65_HS1-834228961_62-HQ-83894_Section_8
Agency: FBI
Page 84
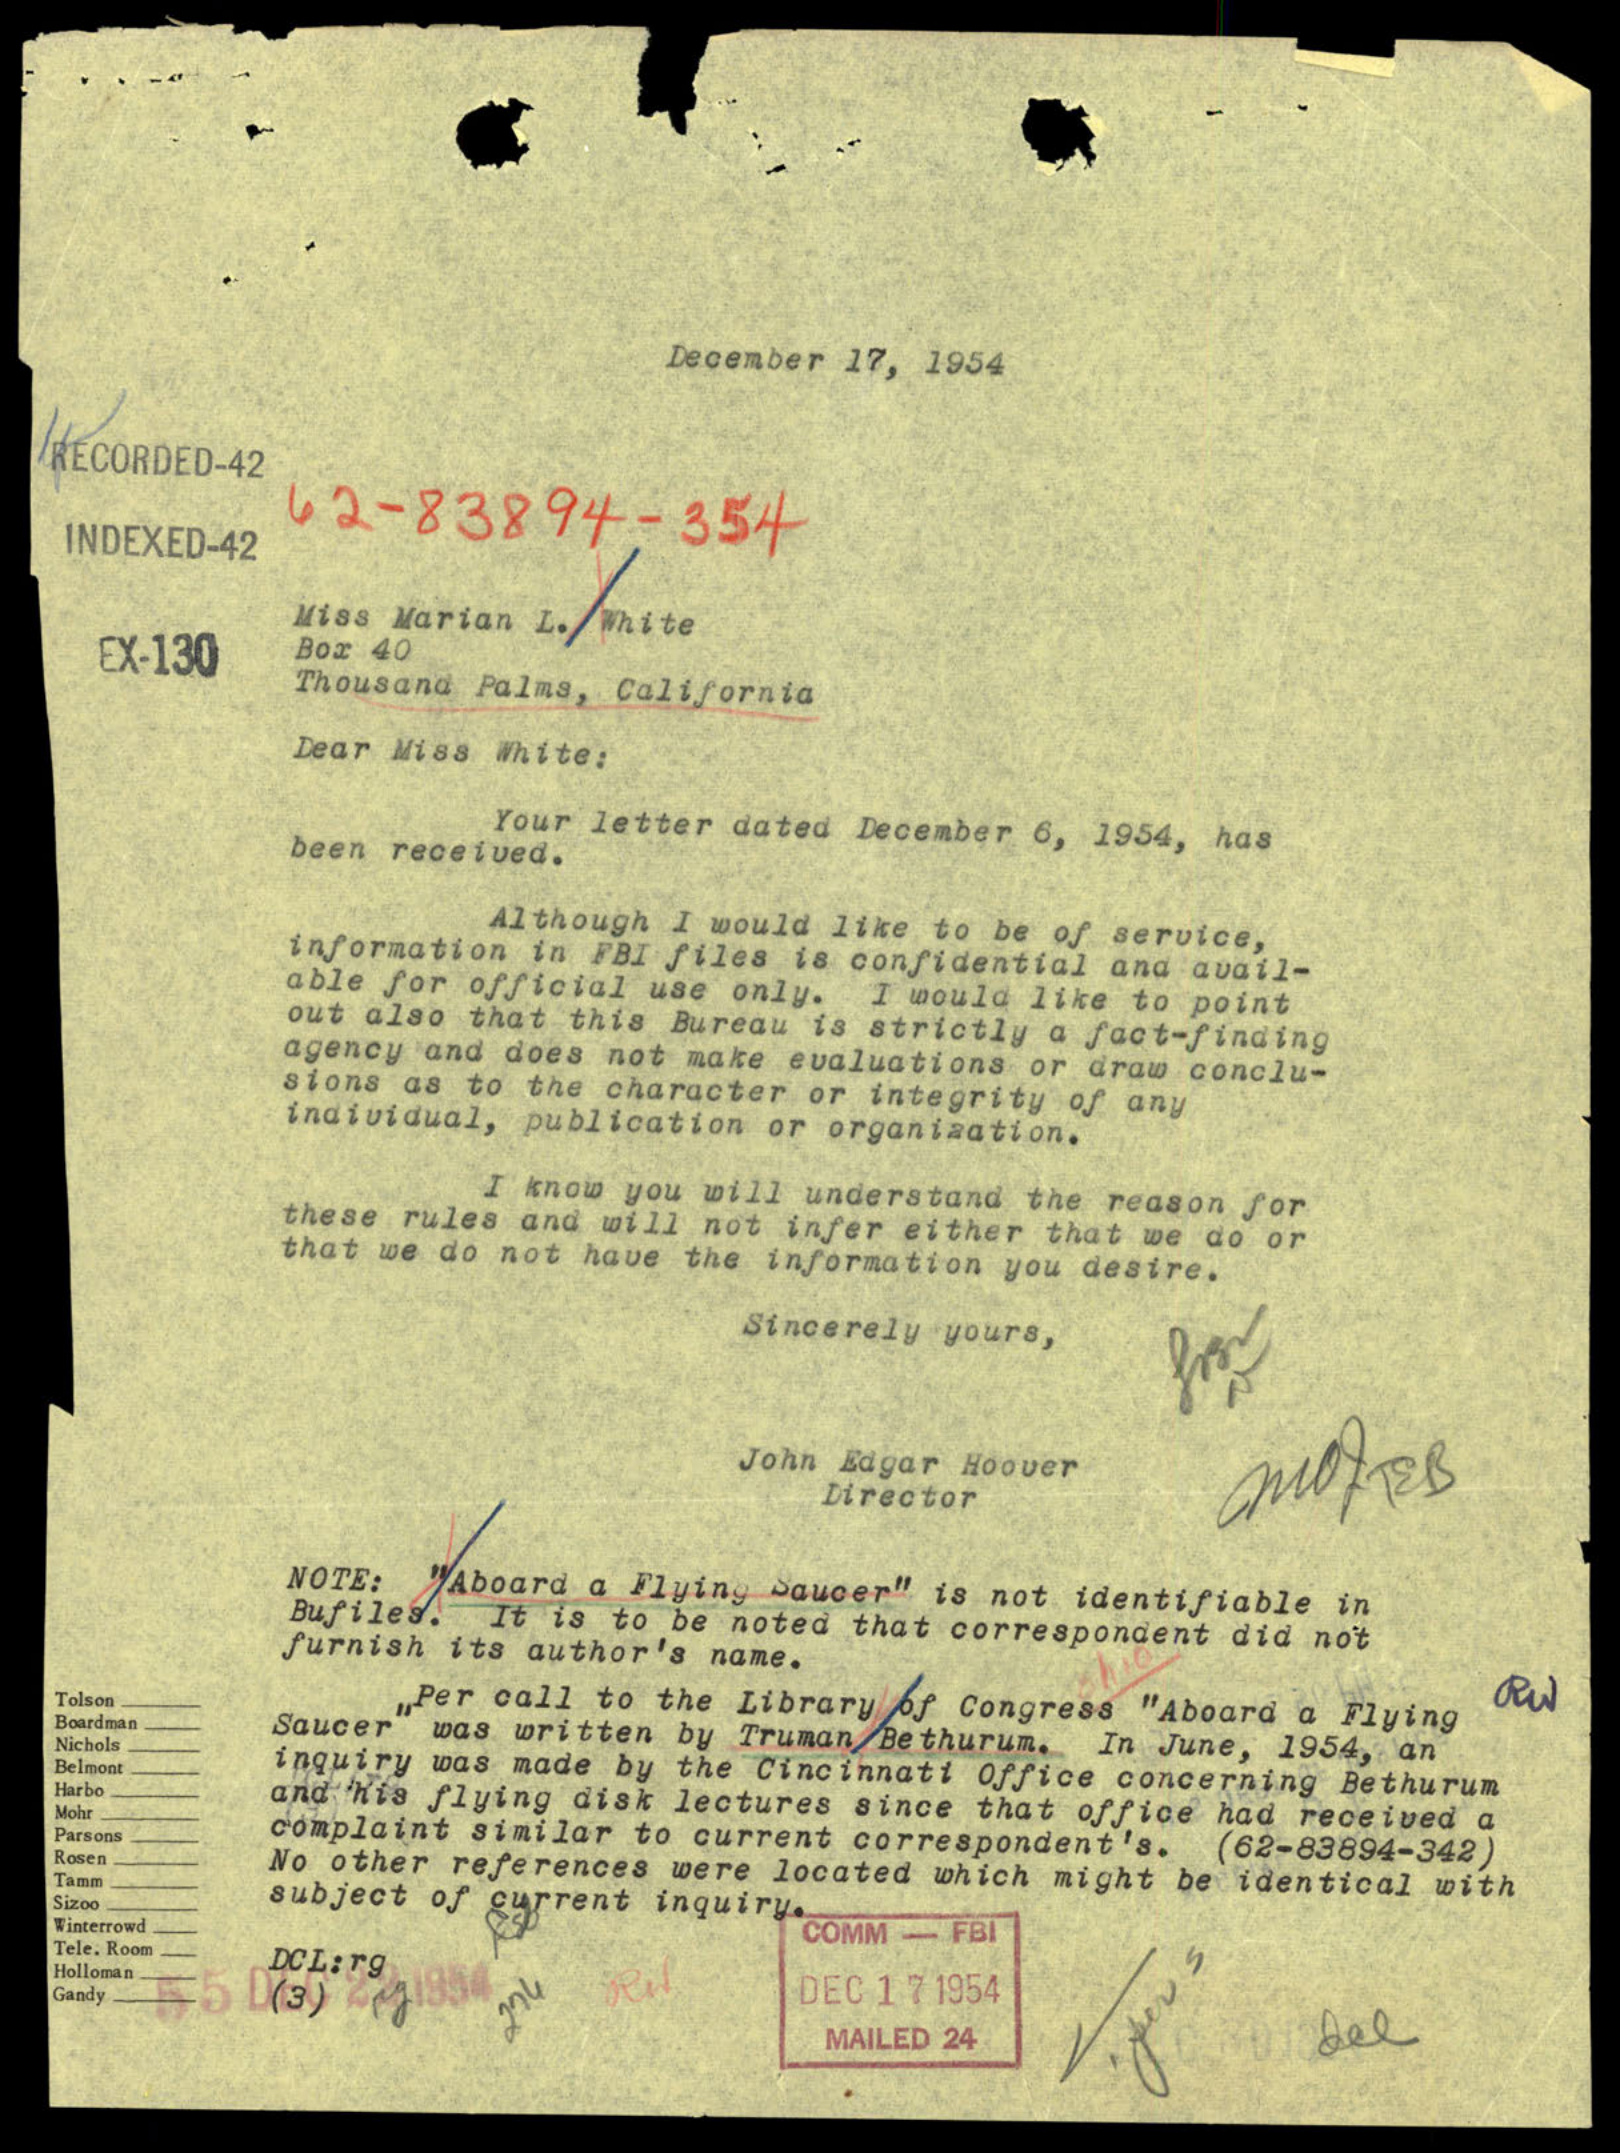